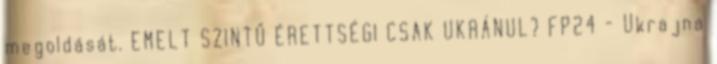
megoldását. EMELT SZINTŰ ÉRETTSÉGI CSAK UKRÁNUL? FP24 - Ukrajna